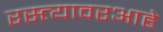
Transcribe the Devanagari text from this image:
रस्त्यावरआहे